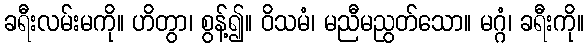
ခရီးလမ်းမကို။ ဟိတွာ၊ စွန့်၍။ ဝိသမံ၊ မညီမညွတ်သော။ မဂ္ဂံ၊ ခရီးကို။